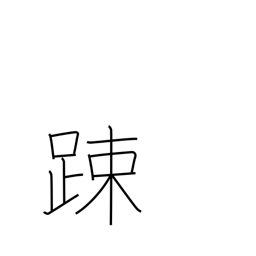
Meaning: lax